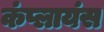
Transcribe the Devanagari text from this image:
कंप्लायंस